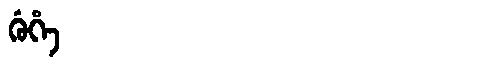
Manchu: ᡤᡠᡥᡝ
Romanization: GUHE